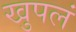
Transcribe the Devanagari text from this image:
खुपलं